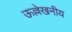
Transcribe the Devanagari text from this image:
ऊल्लेखनीय